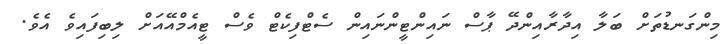
މިންގަނޑުތަށް ބަލާ އިދާރާއިންދޭ ޕާސް ނައިންޓީންނައިން ސެޓްފިކެޓް ވެސް ޓީއެމްއޭއަށް ލިބިފައިވެ އެވެ.